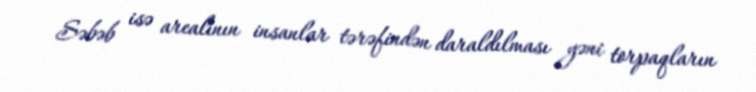
Səbəb isə arealının insanlar tərəfindən daraldılması yəni torpaqların